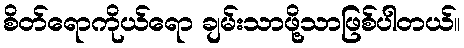
စိတ်ရောကိုယ်ရော ချမ်းသာဖို့သာဖြစ်ပါတယ်။